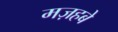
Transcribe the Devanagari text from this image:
मज़हबे